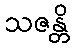
သဇန္တိ